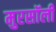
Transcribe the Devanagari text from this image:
मुरसॉली